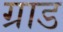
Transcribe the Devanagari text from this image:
ग्राड